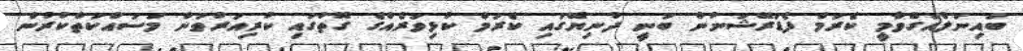
ބައިނަލްއަގްވާމީ ކެރަމް ފެޑަރޭޝަނުން ބުނީ ދުނިޔޭގައި ކެރަމް ކުޅިވަރެއްގެ ގޮތުގައި ކުރިއަރުވަން މަސައްކަތްކުރުން